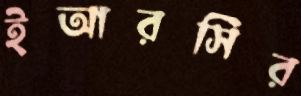
ইআরসির